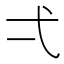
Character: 弌